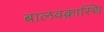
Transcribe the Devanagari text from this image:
बालवक्रास्थि